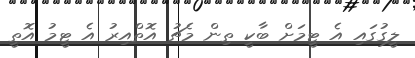
ލީގުގައި އެ ޓީމަށް ބާކީ ތިން މެޗު އޮތްއިރު އެ ޓީމު އޮތީ